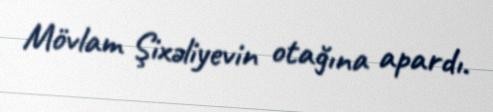
Mövlam Şixəliyevin otağına apardı.